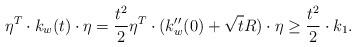
LaTeX: \begin{align*}\eta^T \cdot k_w (t) \cdot \eta = \frac{t^2}{2}\eta^T \cdot (k_w ''(0) + \sqrt{t}R) \cdot \eta \geq \frac{t^2}{2} \cdot k_1.\end{align*}